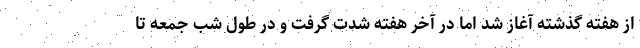
از هفته گذشته آغاز شد اما در آخر هفته شدت گرفت و در طول شب جمعه تا